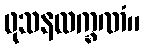
ဖုသနလက္ခဏံ။